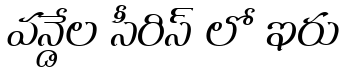
వన్డేల సీరిస్ లో ఇరు